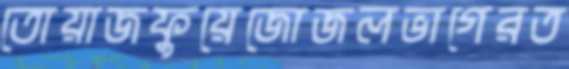
তোয়াজফুয়েজোজলভাগেরত